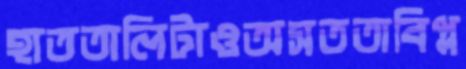
হাততালিটাওঅসততাবিপ্ল